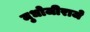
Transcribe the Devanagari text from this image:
मुधोजीराजे